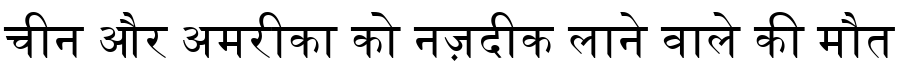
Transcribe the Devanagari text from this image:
चीन और अमरीका को नज़दीक लाने वाले की मौत